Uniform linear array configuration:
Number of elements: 12
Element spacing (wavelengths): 0.25
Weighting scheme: blackman
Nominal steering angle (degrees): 0
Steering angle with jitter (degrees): -0.838
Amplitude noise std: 0.05
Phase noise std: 0.05

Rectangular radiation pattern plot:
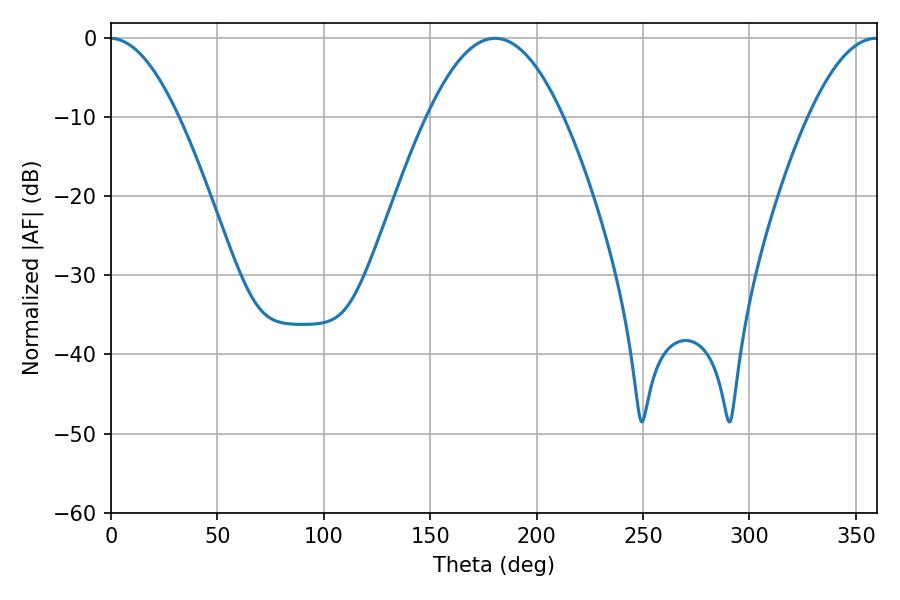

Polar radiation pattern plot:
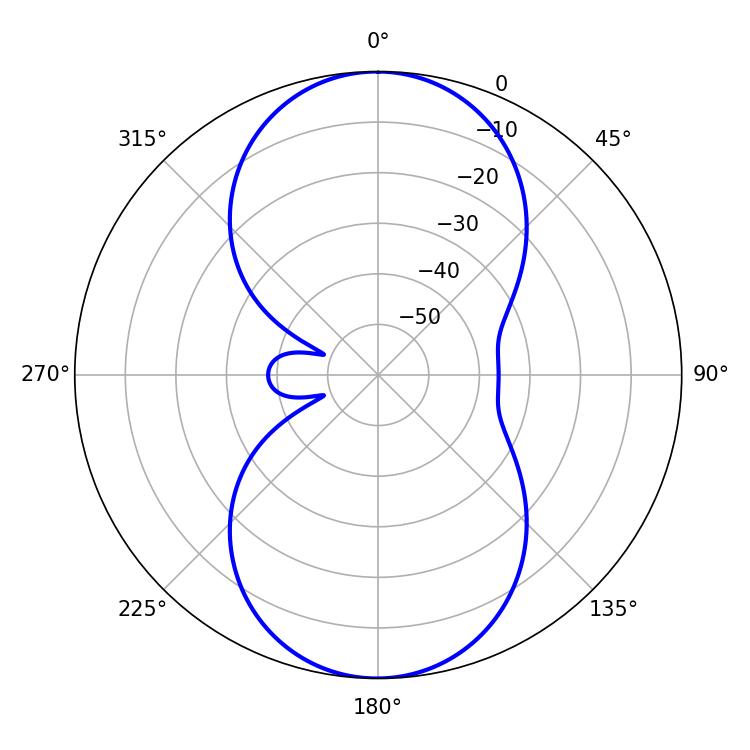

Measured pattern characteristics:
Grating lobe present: FALSE
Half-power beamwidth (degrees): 34.92
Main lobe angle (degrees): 180.54